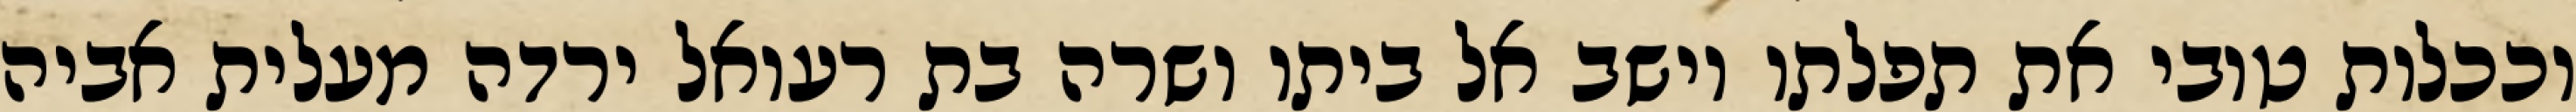
וככלות טובי את תפלתו וישב אל ביתו ושרה בת רעואל ירדה מעלית אביה